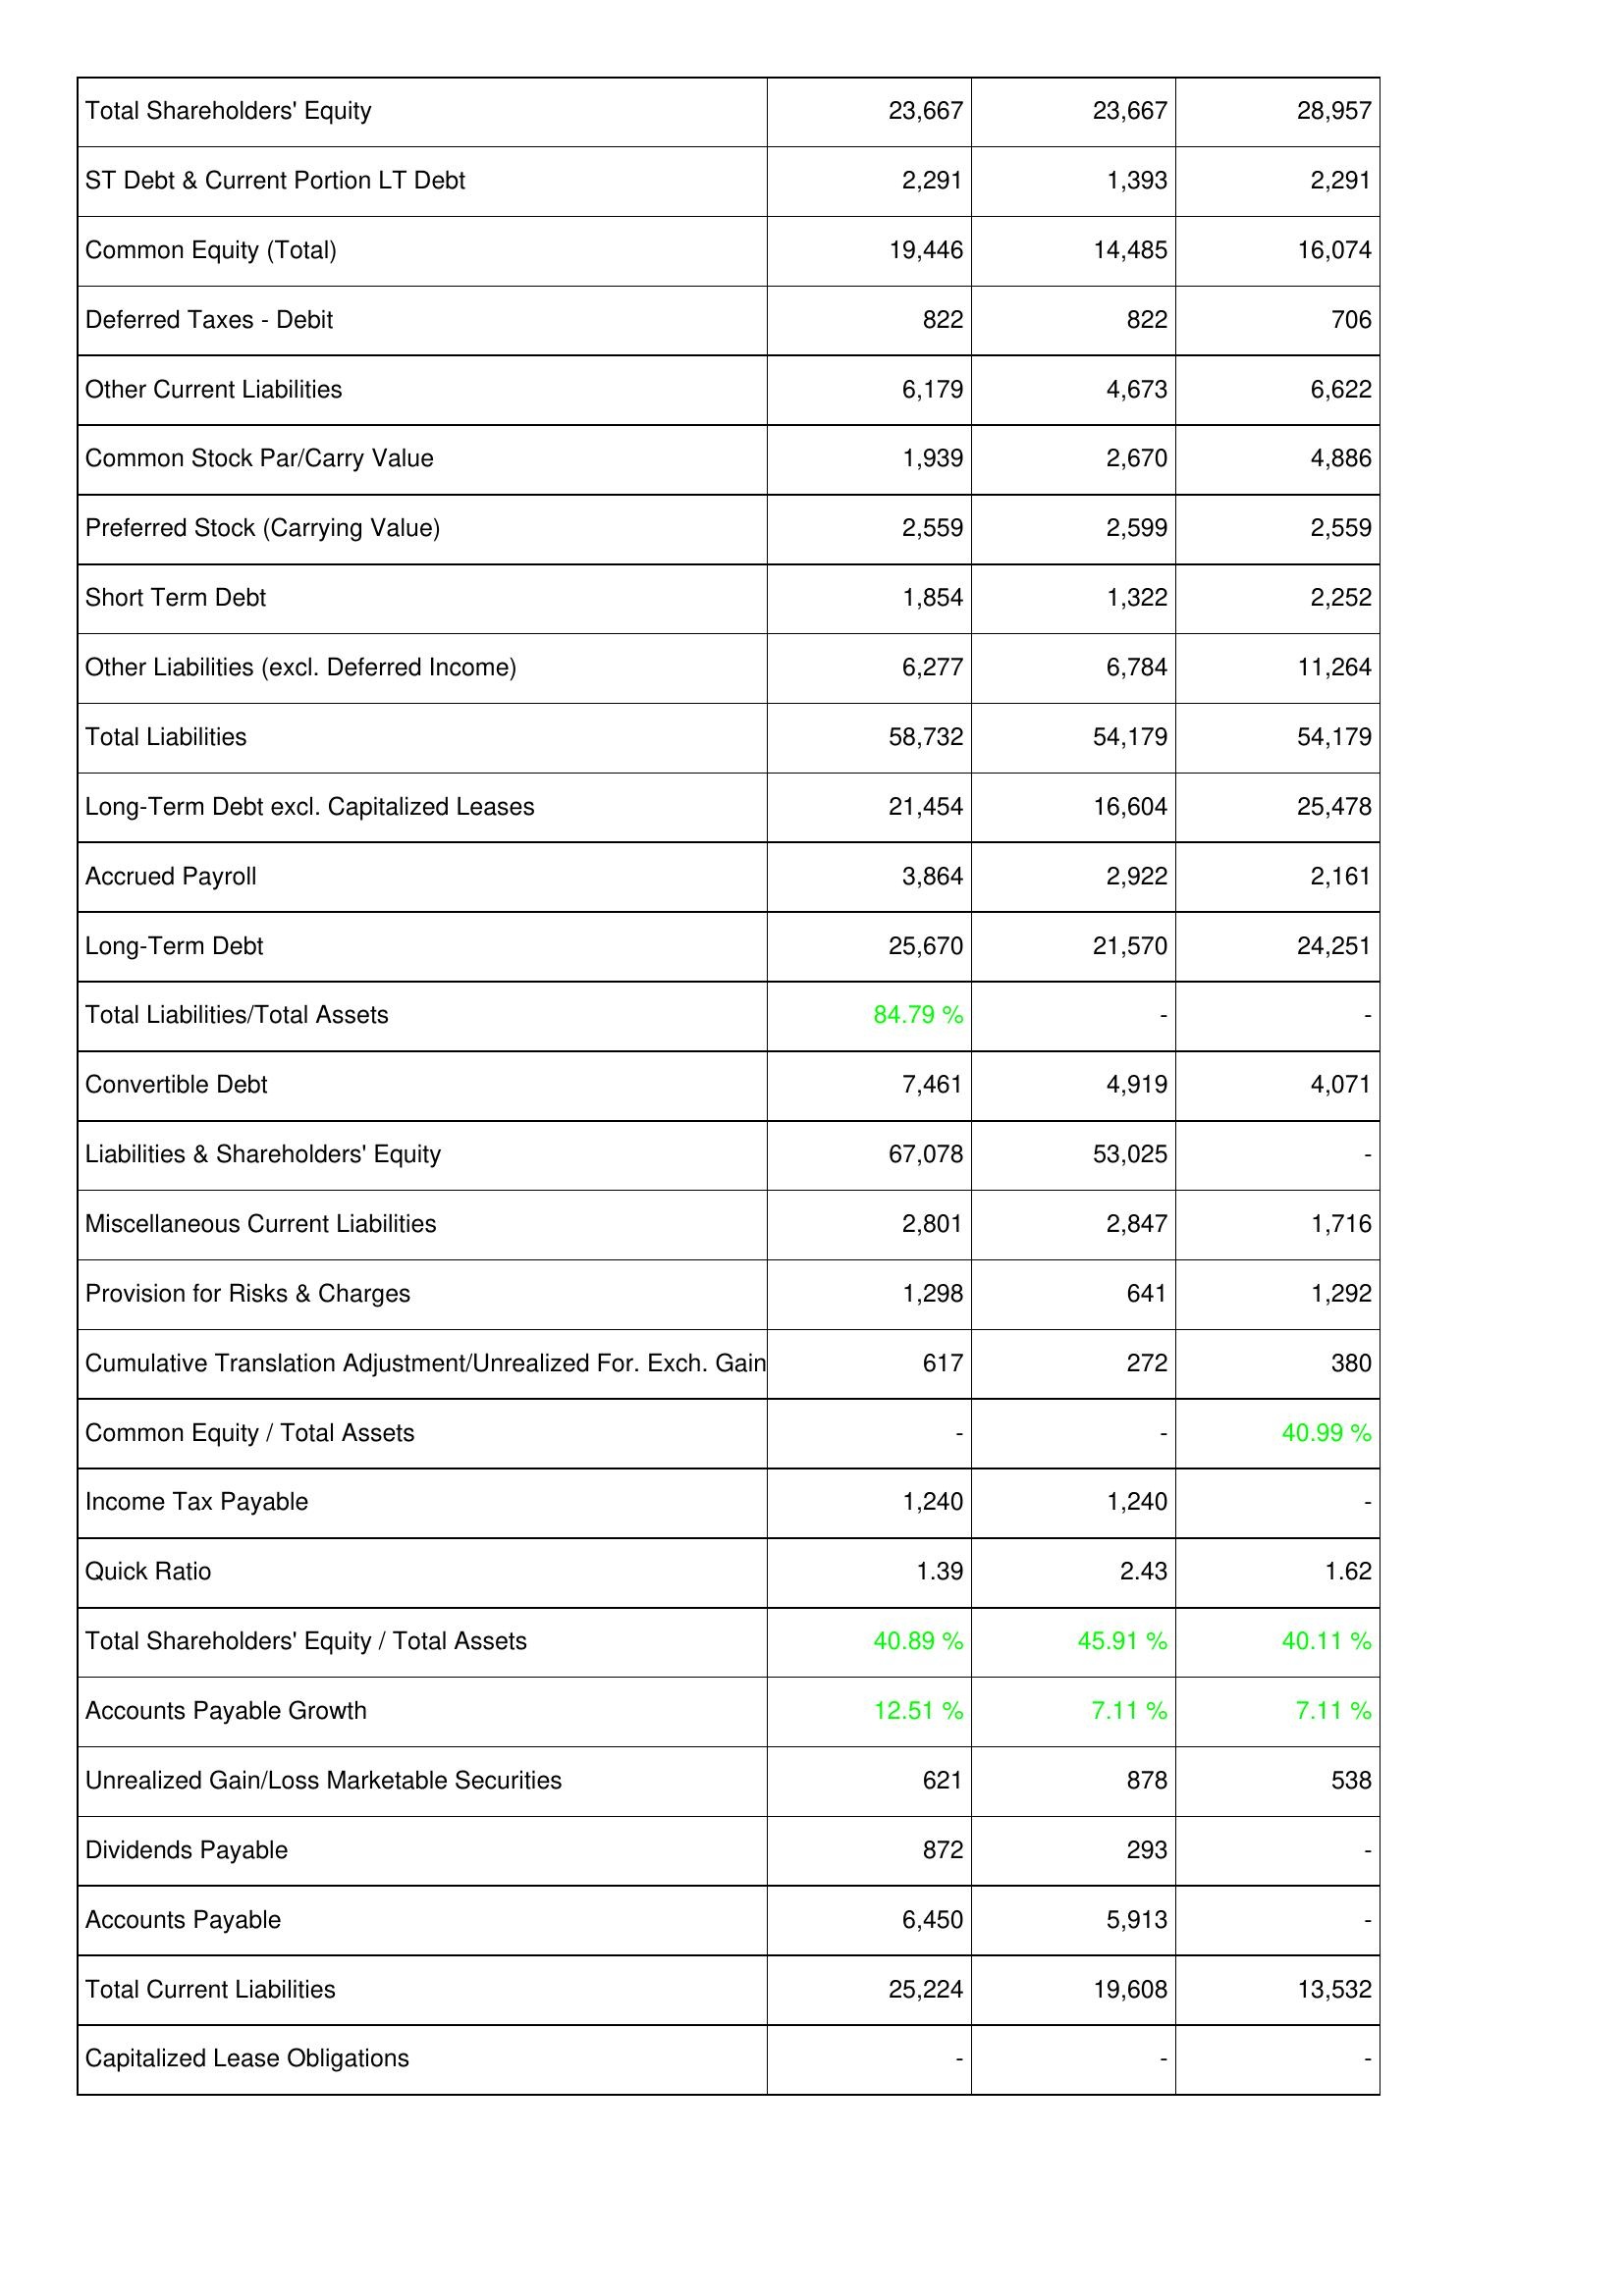
2017: Liabilities & Shareholders' Equity: Total Shareholders' Equity: 23,667
ST Debt & Current Portion LT Debt: 2,291
Common Equity (Total): 19,446
Deferred Taxes - Debit: 822
Other Current Liabilities: 6,179
Common Stock Par/Carry Value: 1,939
Preferred Stock (Carrying Value): 2,559
Short Term Debt: 1,854
Other Liabilities (excl. Deferred Income): 6,277
Total Liabilities: 58,732
Long-Term Debt excl. Capitalized Leases: 21,454
Accrued Payroll: 3,864
Long-Term Debt: 25,670
Total Liabilities/Total Assets: 84.79 %
Convertible Debt: 7,461
Liabilities & Shareholders' Equity: 67,078
Miscellaneous Current Liabilities: 2,801
Provision for Risks & Charges: 1,298
Cumulative Translation Adjustment/Unrealized For. Exch. Gain: 617
Common Equity / Total Assets: -
Income Tax Payable: 1,240
Quick Ratio: 1.39
Total Shareholders' Equity / Total Assets: 40.89 %
Accounts Payable Growth: 12.51 %
Unrealized Gain/Loss Marketable Securities: 621
Dividends Payable: 872
Accounts Payable: 6,450
Total Current Liabilities: 25,224
Capitalized Lease Obligations: -
2016: Liabilities & Shareholders' Equity: Total Shareholders' Equity: 23,667
ST Debt & Current Portion LT Debt: 1,393
Common Equity (Total): 14,485
Deferred Taxes - Debit: 822
Other Current Liabilities: 4,673
Common Stock Par/Carry Value: 2,670
Preferred Stock (Carrying Value): 2,599
Short Term Debt: 1,322
Other Liabilities (excl. Deferred Income): 6,784
Total Liabilities: 54,179
Long-Term Debt excl. Capitalized Leases: 16,604
Accrued Payroll: 2,922
Long-Term Debt: 21,570
Total Liabilities/Total Assets: -
Convertible Debt: 4,919
Liabilities & Shareholders' Equity: 53,025
Miscellaneous Current Liabilities: 2,847
Provision for Risks & Charges: 641
Cumulative Translation Adjustment/Unrealized For. Exch. Gain: 272
Common Equity / Total Assets: -
Income Tax Payable: 1,240
Quick Ratio: 2.43
Total Shareholders' Equity / Total Assets: 45.91 %
Accounts Payable Growth: 7.11 %
Unrealized Gain/Loss Marketable Securities: 878
Dividends Payable: 293
Accounts Payable: 5,913
Total Current Liabilities: 19,608
Capitalized Lease Obligations: -
2015: Liabilities & Shareholders' Equity: Total Shareholders' Equity: 28,957
ST Debt & Current Portion LT Debt: 2,291
Common Equity (Total): 16,074
Deferred Taxes - Debit: 706
Other Current Liabilities: 6,622
Common Stock Par/Carry Value: 4,886
Preferred Stock (Carrying Value): 2,559
Short Term Debt: 2,252
Other Liabilities (excl. Deferred Income): 11,264
Total Liabilities: 54,179
Long-Term Debt excl. Capitalized Leases: 25,478
Accrued Payroll: 2,161
Long-Term Debt: 24,251
Total Liabilities/Total Assets: -
Convertible Debt: 4,071
Liabilities & Shareholders' Equity: -
Miscellaneous Current Liabilities: 1,716
Provision for Risks & Charges: 1,292
Cumulative Translation Adjustment/Unrealized For. Exch. Gain: 380
Common Equity / Total Assets: 40.99 %
Income Tax Payable: -
Quick Ratio: 1.62
Total Shareholders' Equity / Total Assets: 40.11 %
Accounts Payable Growth: 7.11 %
Unrealized Gain/Loss Marketable Securities: 538
Dividends Payable: -
Accounts Payable: -
Total Current Liabilities: 13,532
Capitalized Lease Obligations: -